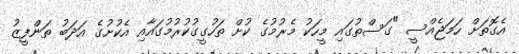
އެގޮތަށް ހަމަޖެއްސީ "ގަސްތުގައި މީހަކު މެރުމުގެ ކުށް ތަހުގީގުކުރުމުގައާއި އެކުށުގެ އަދަބު ތަންފީޒު